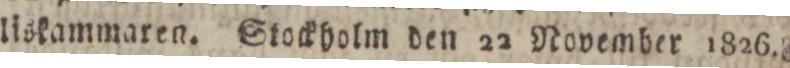
liskammaren. Stockholm den 22 November 1826.